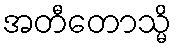
အတီတောသ္မိ